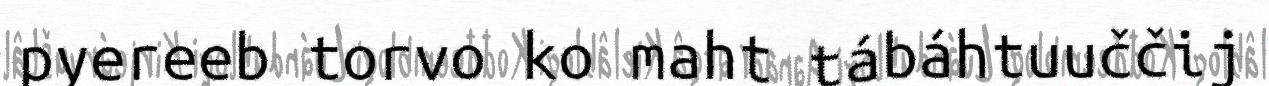
pyereeb torvo ko maht tábáhtuuččij